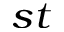
^ { s t }